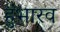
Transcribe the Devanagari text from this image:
हुंभारव